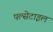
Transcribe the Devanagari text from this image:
पल्सेटाइल